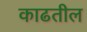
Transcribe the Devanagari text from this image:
काढतील